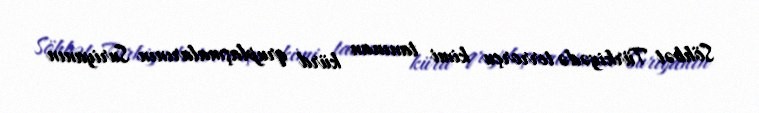
Söhbət Türkiyədə terrorçu kimi tanınan kürd qruplaşmalarının Suriyanın